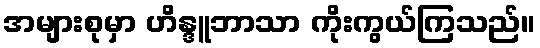
အများစုမှာ ဟိန္ဒူဘာသာ ကိုးကွယ်ကြသည်။